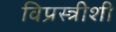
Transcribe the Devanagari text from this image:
विप्रस्त्रीशी